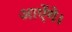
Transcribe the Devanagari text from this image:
आऐंगे।